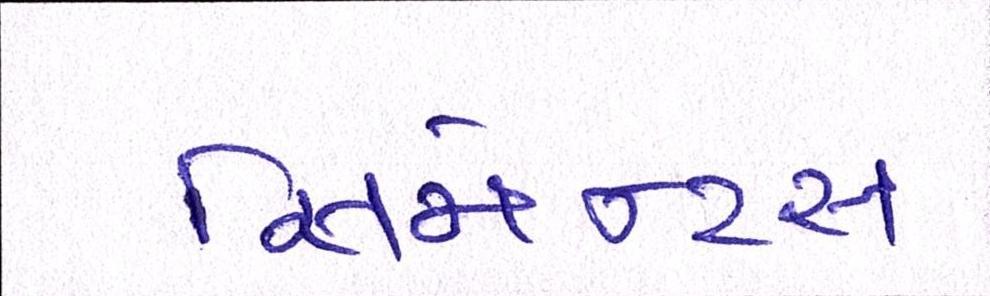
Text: સિમેન્ટ્સ